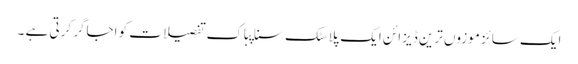
ایک سائز موزوں ترین ڈیزائن ایک پلاسٹک سناپباک تفصیلات کو اجاگر کرتی ہے ۔